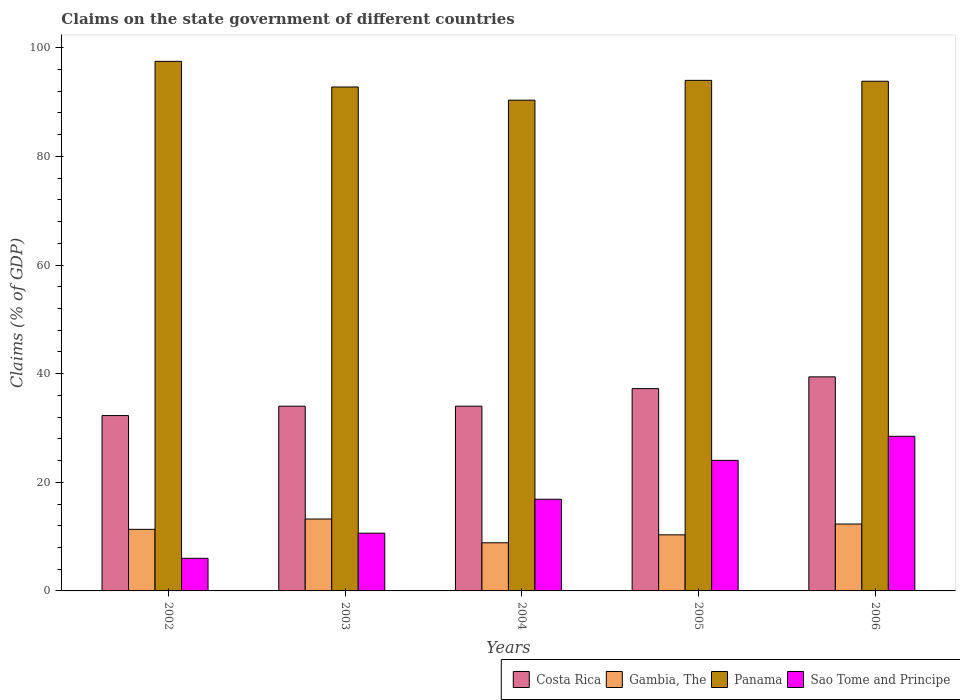
| Years | Costa Rica | Gambia, The | Panama | Sao Tome and Principe |
 | --- | --- | --- | --- | --- |
 | 2002 | 32.3 | 11.3 | 97.5 | 6.01 |
 | 2003 | 34 | 13.2 | 92.8 | 10.6 |
 | 2004 | 34 | 8.86 | 90.4 | 16.9 |
 | 2005 | 37.2 | 10.3 | 94 | 24 |
 | 2006 | 39.4 | 12.3 | 93.8 | 28.5 |